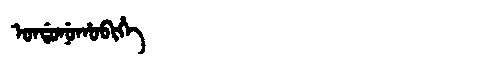
Manchu: ᠣᠨᡩᠣᠨᡠᡥᠣᠪᡳᡥᡝ
Romanization: ONDONUHOBIHE